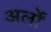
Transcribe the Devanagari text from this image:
अर्लों